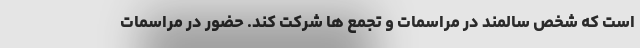
است که شخص سالمند در مراسمات و تجمع ها شرکت کند. حضور در مراسمات